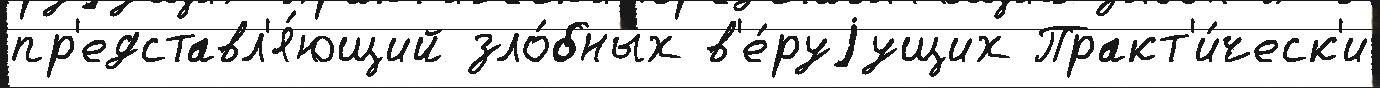
пр'едставл'я́ющий зло́бных в'е́руjущих Практ'и́ческ'и